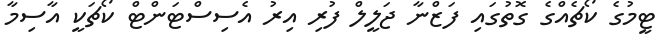
ޓީމުގެ ކޯޗެއްގެ ގޮތުގައި ފަޒްނާ ޖަލީލް ފުރި އިރު އެސިސްޓަންޓް ކޯޗަކީ އާސިމާ